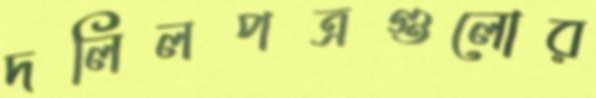
দলিলপত্রগুলোর